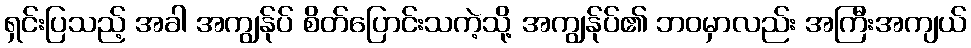
ရှင်းပြသည့် အခါ အကျွန်ုပ် စိတ်ပြောင်းသကဲ့သို့ အကျွန်ုပ်၏ ဘဝမှာလည်း အကြီးအကျယ်